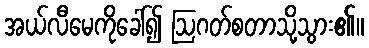
အယ်လီမေကိုခေါ်၍ ဩဂတ်စတာသို့သွား၏။